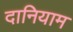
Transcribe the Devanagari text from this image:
दानियाम